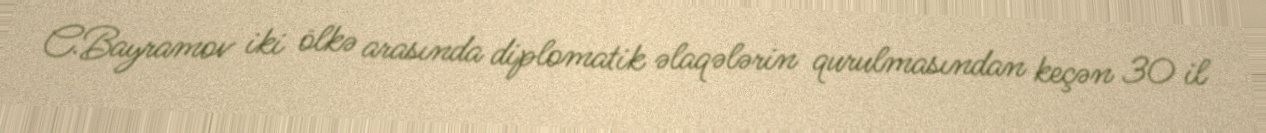
C.Bayramov iki ölkə arasında diplomatik əlaqələrin qurulmasından keçən 30 il